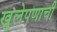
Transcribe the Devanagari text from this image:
खुलेपणाची